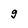
Character: g